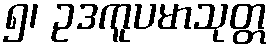
၅၊ ဥဒကူပမာသုတ္တ